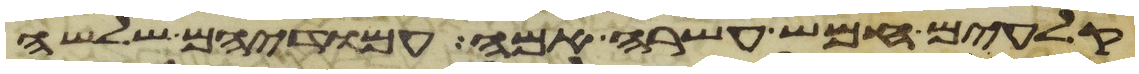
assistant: קלעים חמש עשרה אמה עמודיהם שלשה